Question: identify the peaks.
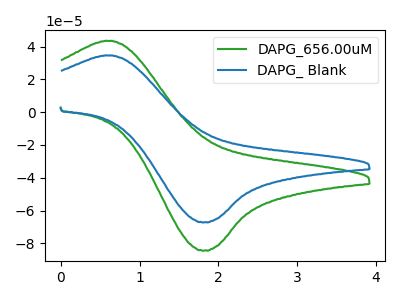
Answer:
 <answer>The green curve "DAPG_656.00uM" has an anodic peak at (0.60V, 43.45uA) and a cathodic peak at (1.85V, -84.45uA). The blue curve "DAPG_ Blank" has an anodic peak at (0.60V, 34.60uA) and a cathodic peak at (1.85V, -67.20uA).</answer>
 <eval></eval>